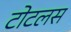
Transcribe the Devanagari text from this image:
टोटलस